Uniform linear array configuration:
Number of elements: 12
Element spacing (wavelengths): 0.25
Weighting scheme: uniform
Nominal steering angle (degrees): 45
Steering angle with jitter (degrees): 43.1
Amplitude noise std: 0.05
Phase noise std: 0.05

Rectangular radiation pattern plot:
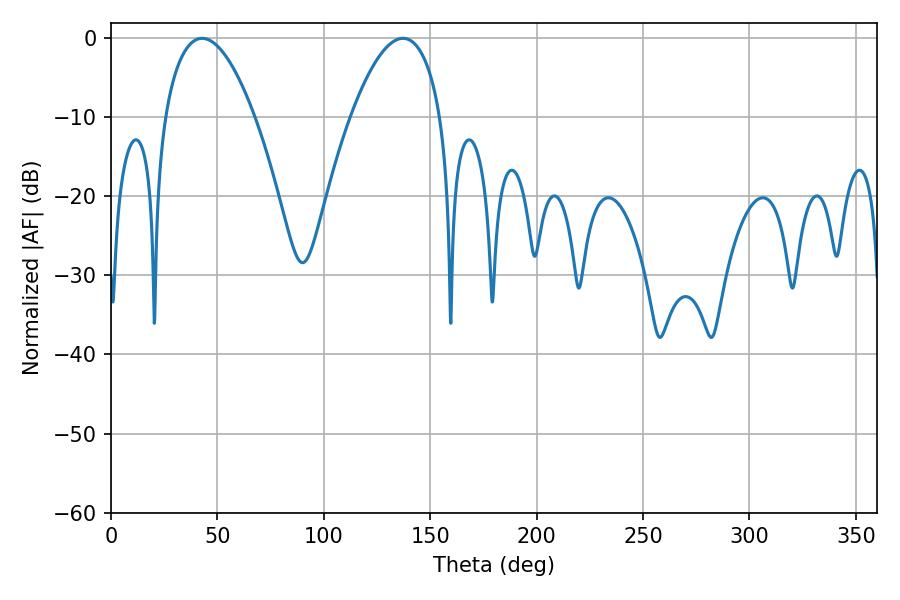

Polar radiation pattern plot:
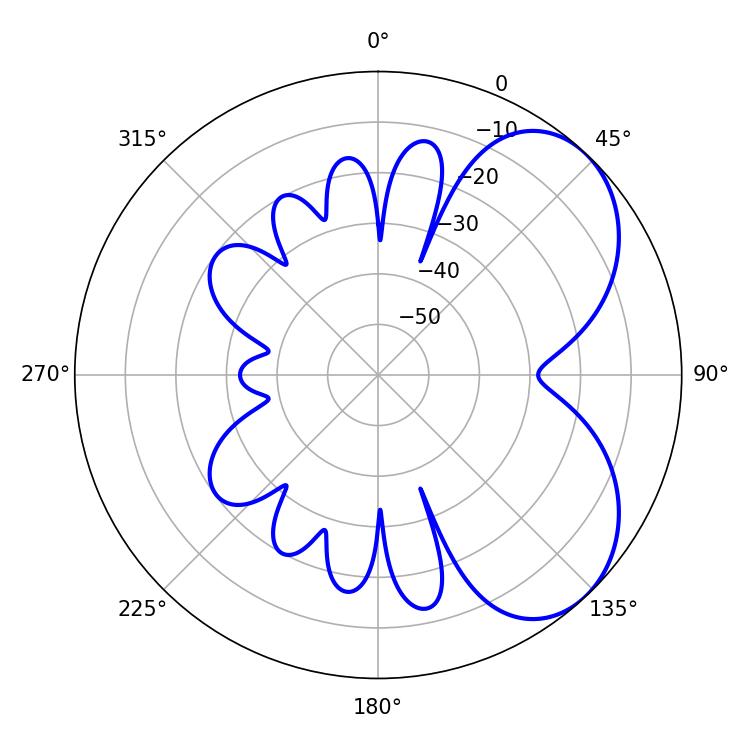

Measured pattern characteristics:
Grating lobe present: FALSE
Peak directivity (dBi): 5.214
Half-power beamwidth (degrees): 23.4
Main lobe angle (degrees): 137.16